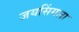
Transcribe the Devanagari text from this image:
जयसिंगला